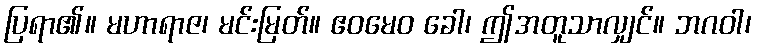
ပြရာ၏။ မဟာရာဇ၊ မင်းမြတ်။ ဧဝမေဝ ခေါ၊ ဤအတူသာလျှင်။ ဘဂဝါ၊